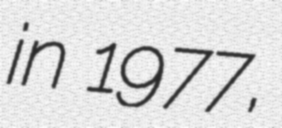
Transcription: in 1977,